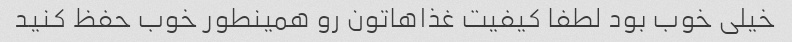
خیلی خوب بود لطفا کیفیت غذاهاتون رو همینطور خوب حفظ کنید